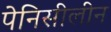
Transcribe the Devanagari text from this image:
पेनिसीलीन